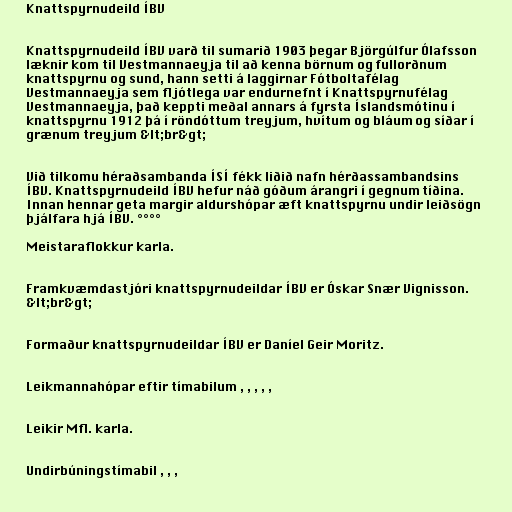
Knattspyrnudeild ÍBV

Knattspyrnudeild ÍBV varð til sumarið 1903 þegar Björgúlfur Ólafsson
læknir kom til Vestmannaeyja til að kenna börnum og fullorðnum
knattspyrnu og sund, hann setti á laggirnar Fótboltafélag
Vestmannaeyja sem fljótlega var endurnefnt í Knattspyrnufélag
Vestmannaeyja, það keppti meðal annars á fyrsta Íslandsmótinu í
knattspyrnu 1912 þá í röndóttum treyjum, hvítum og bláum og síðar í
grænum treyjum &lt;br&gt;

Við tilkomu héraðsambanda ÍSÍ fékk liðið nafn hérðassambandsins
ÍBV. Knattspyrnudeild ÍBV hefur náð góðum árangri í gegnum tíðina.
Innan hennar geta margir aldurshópar æft knattspyrnu undir leiðsögn
þjálfara hjá ÍBV. °°°°

Meistaraflokkur karla.

Framkvæmdastjóri knattspyrnudeildar ÍBV er Óskar Snær Vignisson.
&lt;br&gt;

Formaður knattspyrnudeildar ÍBV er Daníel Geir Moritz.

Leikmannahópar eftir tímabilum , , , , ,

Leikir Mfl. karla.

Undirbúningstímabil , , ,